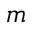
m